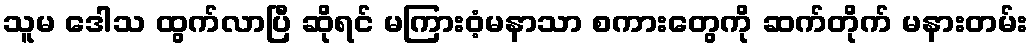
သူမ ဒေါသ ထွက်လာပြီ ဆိုရင် မကြားဝံ့မနာသာ စကားတွေကို ဆက်တိုက် မနားတမ်း